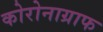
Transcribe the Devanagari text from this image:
कोरोनाग्राफ